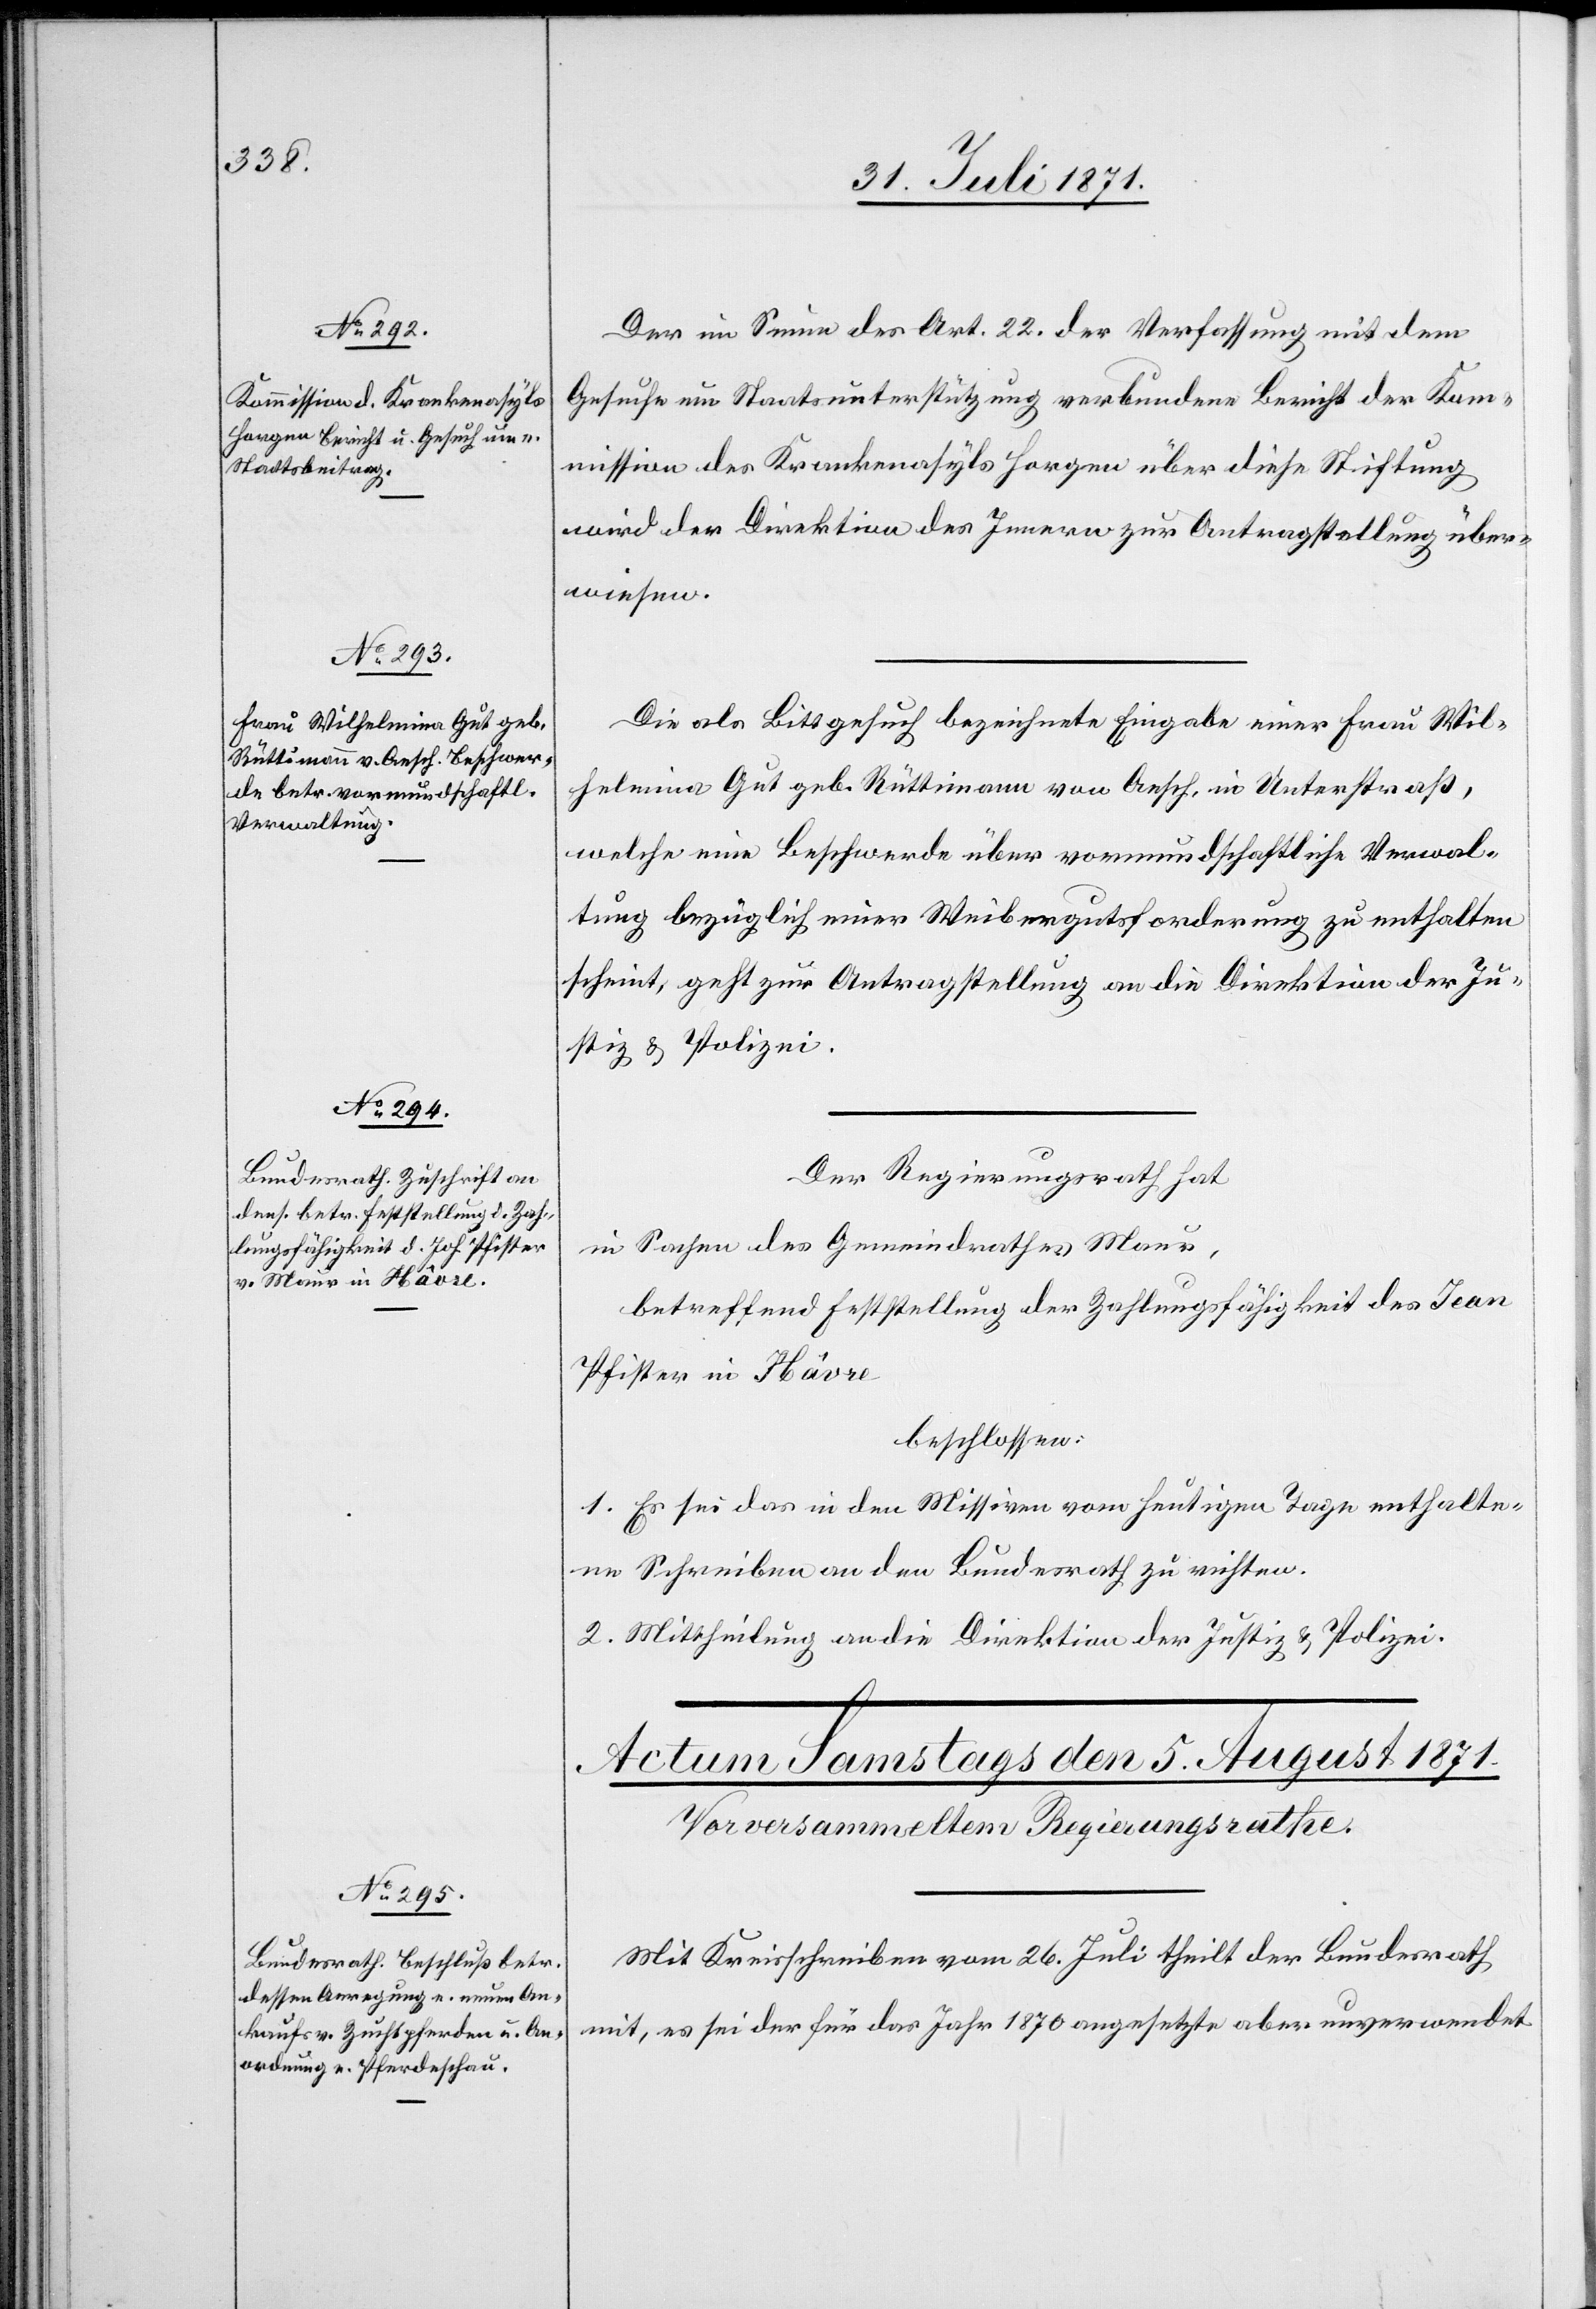
Der im Sinne des Art. 22 der Verfassung mit dem
Gesuche um Staatsunterstützung verbundene Bericht der Ko¬
mmission des Krankenasyls Horgen über diese Stiftung
wird der Direktion des Innern zur Antragstellung über¬
wiesen.
Die als Bittgesuch bezeichnete Eingabe einer Frau Wil¬
helmina Gut geb. Rüttimann von Aesch, in Unterstraß,
welche eine Beschwerde über vormundschaftliche Verwal¬
tung bezüglich einer Weibergutsforderung zu enthalten
scheint, geht zur Antragstellung an die Direktion der Ju¬
stiz u. Polizei.
in Sachen des Gemeindrathes Maur,
betreffend Feststellung der Zahlungsfähigkeit des Jean
Pfister in Hâvre
beschlossen:
1. Es sei das in den Missiven vom heutigen Tage enthalte¬
ne Schreiben an den Bundesrath zur richten.
2. Mittheilung an die Direktion der Justiz u. Polizei.
Mit Kreisschreiben vom 26. Juli theilt der Bundesrath
mit, es sei der für das Jahr 1870 angesetzte aber unverwendet